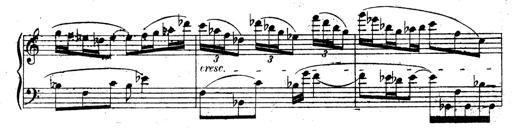
Title: 3 Sonatinas for Piano
Composer: Vissarion Shebalin